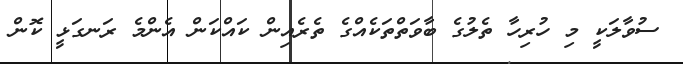
ސުވާލަކީ މި ހުރިހާ ތެލުގެ ބާވަތްތަކެއްގެ ތެރެއިން ކައްކަން އެންމެ ރަނގަޅީ ކޮން